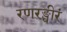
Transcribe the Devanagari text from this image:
रणरङ्धीरं